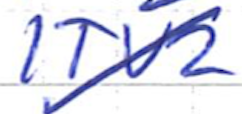
Text: ITV2
Cross-out: diagonal
Writing tool: ballpoint